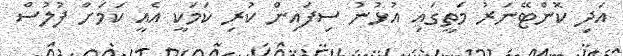
އަދި ކޮންޓޭނަރު މަތީގައި އުޅުނު ސިފައިން ކުރި ކަމަކީ އެއީ ކަމަށް ފުލުސް